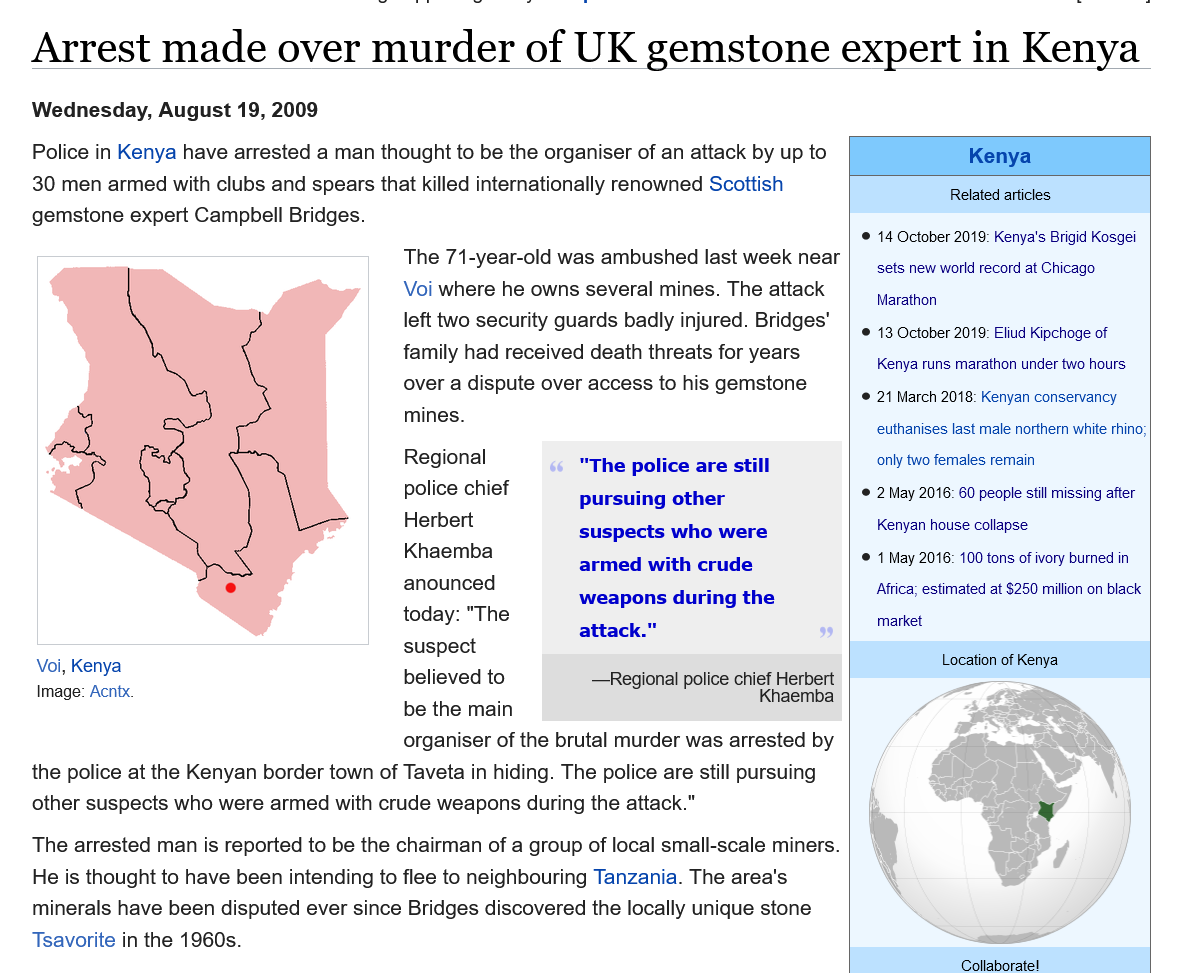
Arrest    made    over    murder    of  UK    gemstone    expert    in   Kenya
   Police in Kenya have arrested a man thought to be the organiser of an attack by up to
   30 men armed with clubs and spears that killed internationally renowned Scottish
   gemstone expert Campbell Bridges.
   Wednesday,  August 19, 2009

     "The police are still
     pursuing other
     suspects who were
     armed with crude
     weapons during the
     attack."
     —Regional police chief Herbert a Pe
     Khaemba
     organiser of the brutal murder was arrested by
   the police at the Kenyan border town of Taveta in hiding. The police are still pursuing
   other suspects who were armed with crude weapons during the attack."
   The arrested man is reported to be the chairman of a group of local small-scale miners.
    He is thought to have been intending to flee to neighbouring Tanzania. The area's
   minerals have been disputed ever since Bridges discovered the locally unique stone
   Tsavorite in the 1960s.
    Voi, Kenya
    Image: Acntx.
     The 71-year-old was ambushed last week near
     Voi where he owns several mines. The attack
     left two security guards badly injured. Bridges’
     family had received death threats for years
     over a dispute over access to his gemstone
     mines.
     Regional
     police chief
     Herbert
     Khaemba
     anounced
     today: "The
     suspect
     believed to
     be the main
     Kenya
     Related articles
     © 14 October 2019: Kenya's Brigid Kosgei
     sets new world record at Chicago
     Marathon
     © 13 October 2019: Eliud Kipchoge of
     Kenya runs marathon under two hours
     © 21 March 2018: Kenyan conservancy
     euthanises last male northern white rhino;
     only two females remain
     © 2 May 2016: 60 people still missing after
     Kenyan house collapse
     © 1 May 2016: 100 tons of ivory burned in
     Africa; estimated at $250 million on black
     market
     Location of Kenya
     Collaborate!